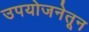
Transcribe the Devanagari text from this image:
उपयोजनेतून